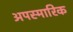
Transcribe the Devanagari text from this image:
अपस्मारिक